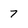
Character: 7